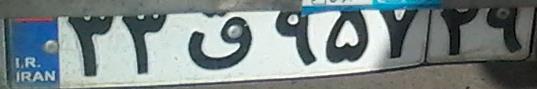
۳۳ق۹۵۷۲۹